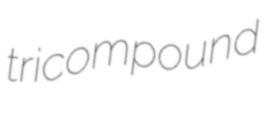
tricompound